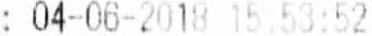
: 04-06-2018 15:53:52